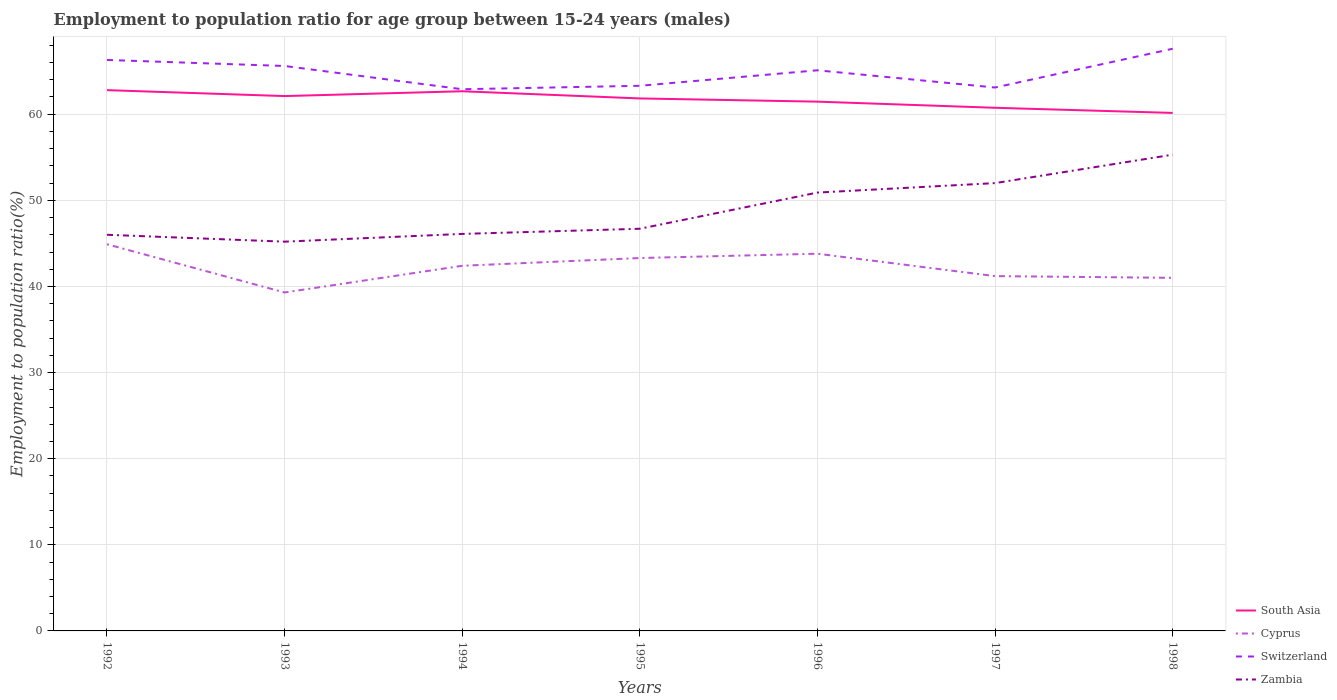
| Years | South Asia | Cyprus | Switzerland | Zambia |
 | --- | --- | --- | --- | --- |
 | 1992 | 62.8 | 44.9 | 66.3 | 46 |
 | 1993 | 62.1 | 39.3 | 65.6 | 45.2 |
 | 1994 | 62.7 | 42.4 | 62.9 | 46.1 |
 | 1995 | 61.8 | 43.3 | 63.3 | 46.7 |
 | 1996 | 61.5 | 43.8 | 65.1 | 50.9 |
 | 1997 | 60.7 | 41.2 | 63.1 | 52 |
 | 1998 | 60.1 | 41 | 67.6 | 55.3 |